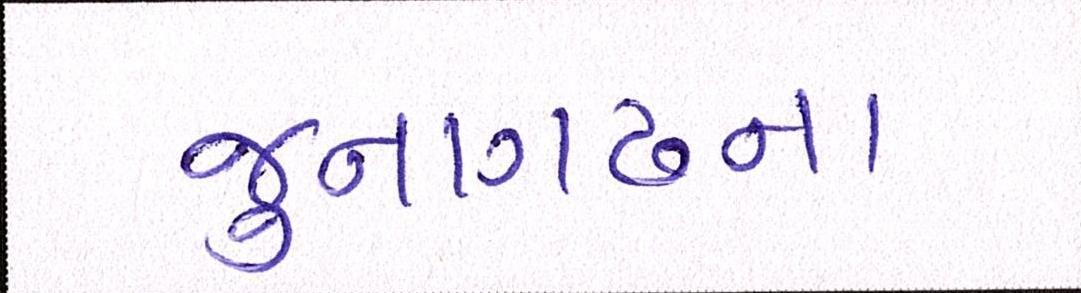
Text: જુનાગઢના